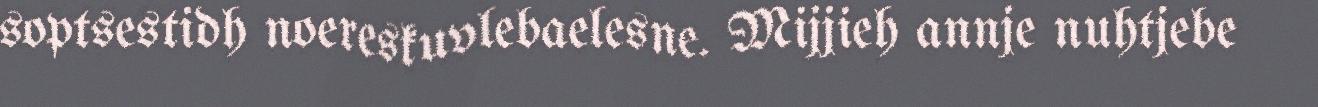
soptsestidh noereskuvlebaelesne. Mijjieh annje nuhtjebe